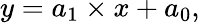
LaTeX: y=a_{1}\times x+a_{0},